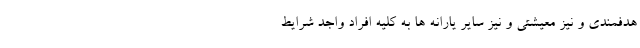
هدفمندی و نیز معیشتی و نیز سایر یارانه ها به کلیه افراد واجد شرایط